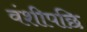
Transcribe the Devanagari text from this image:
वंशीपछि